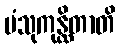
ပံသုကုန္ထိတာတိ